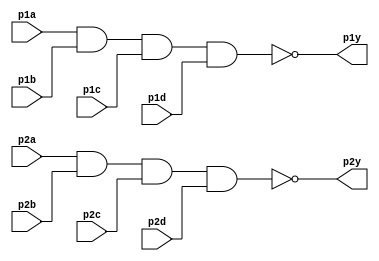
module top_module ( 
    input p1a, p1b, p1c, p1d,
    output p1y,
    input p2a, p2b, p2c, p2d,
    output p2y );
    nand gate1(p1y, p1a, p1b, p1c, p1d);
    nand gate2(p2y, p2a, p2b, p2c, p2d);

endmodule